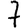
Digit: 7